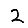
Digit: 2